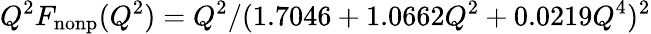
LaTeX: Q^{2}F_{\mathrm{nonp}}(Q^{2})=Q^{2}/(1.7046+1.0662Q^{2}+0.0219Q^{4})^{2}